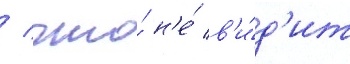
/ что́ н'е́ в'и́д'ит